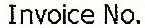
INVOICE NO.